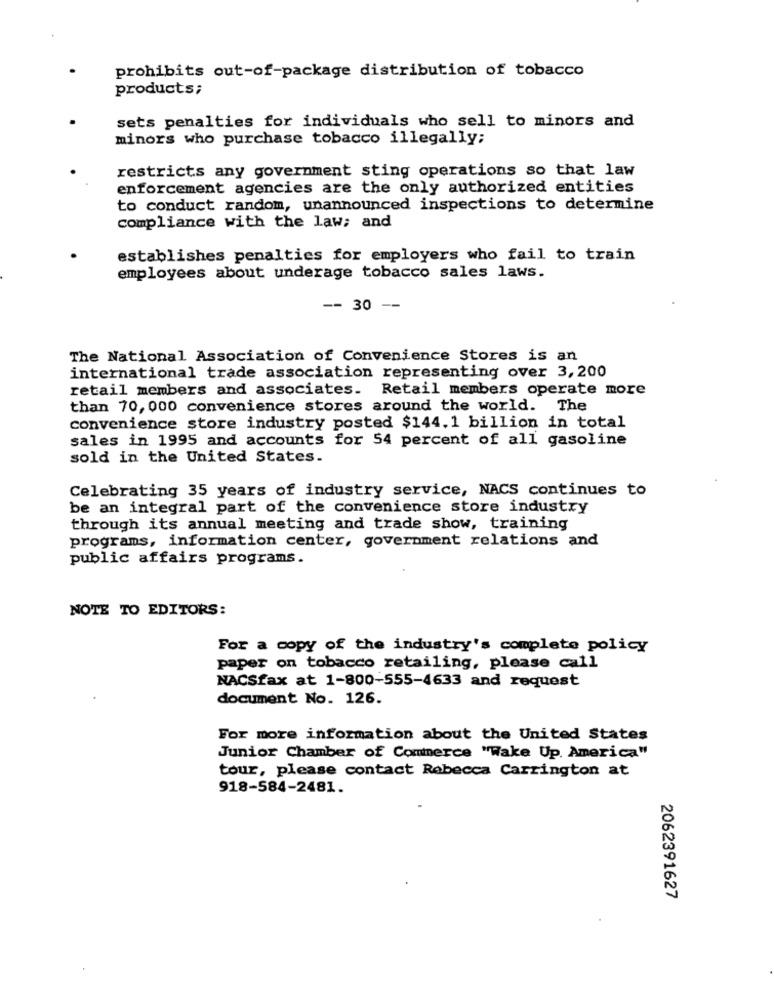
prohibits out-of-package distribution of tobacco
products;
sets penalties for individuals who sell to minors and
minors who purchase tobacco illegally;
restricts any government sting operations so that law
enforcement agencies are the only authorized entities
to conduct random, unannounced inspections to determine
compliance with the law; and
establishes penalties for employers who fail to train
employees about underage tobacco sales laws.
-- 30 --
The National Association of Convenience Stores is an
international trade association representing over 3,200
retail members and associates. Retail members operate more
than 70, 000 convenience stores around the world. The
convenience store industry posted $144. 1 billion in total
sales in 1995 and accounts for 54 percent of all gasoline
sold in the United States.
Celebrating 35 years of industry service, NACS continues to
be an integral part of the convenience store industry
through its annual meeting and trade show, training
programs, information center, government relations and
public affairs programs.
NOTE TO EDITORS:
For a copy of the industry's complete policy
paper on tobacco retailing, please call
NACSfax at 1-800-555-4633 and request
document No. 126.
For more information about the United States
Junior Chamber of Commerce "Wake Up. America"
tour, please contact Rebecca Carrington at
918-584-2481.
2062391627